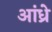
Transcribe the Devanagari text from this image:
आंध्रे